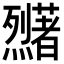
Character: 𬟜